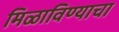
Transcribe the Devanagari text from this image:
मिळाविण्याचा